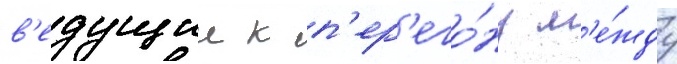
в'едущии к п'ер'его́ну м'е́жду